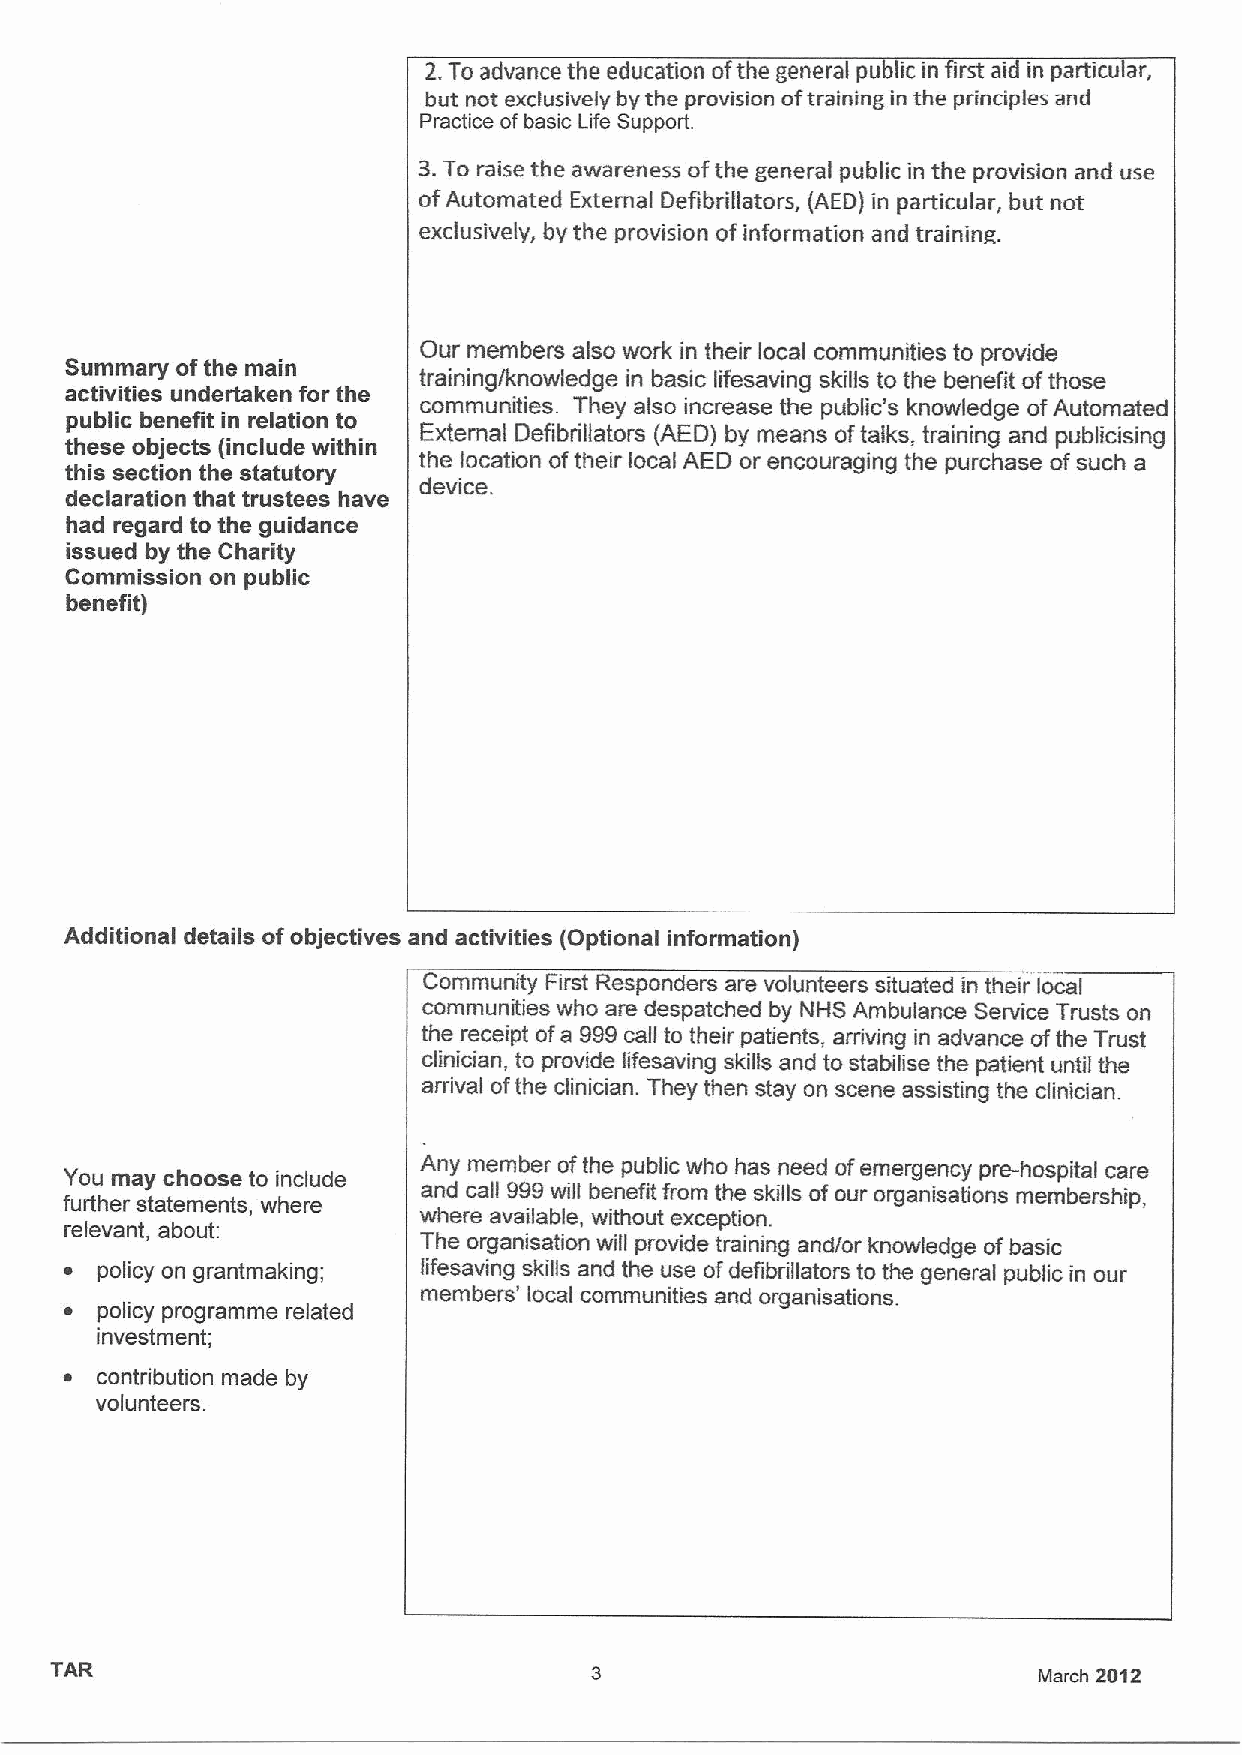
2.To advance the education ofthe general public in first aid in particular,
 but not exclusively by the provision oftraining in the principles and
 Practice of basic Life Support.
 3.To raise the awareness ofthe general public in the provision and use
 ofAutomated External Defibrillators, {AED)in particular, but not
 exclusively, by the provision of information and training
 Our members also work in their local communities to provide
 Summary ofthe main
 training/knowledge in basic lifesaving skills to the benefit ofthose
 activities undertaken for the
 communities. They also increase the public's knowledge ofAutomated
 public benefit in relation to
 External Defibrillators (AED) by means oftalks, training and publicising
 these objects (include within
 the location oftheir local AED or encouraging the purchase ofsuch a
 this section the statutory
 clevlce.
 declaration that trustees have
 had regard to the guidance
 issued by the Charity
 Commission on public
 benefit)
 Additional details ofobjectives and activities (Optional information)
 Community First Responders are volunteers situated in their local
 communities who are despatched by NHS Ambulance Service Trusts on
 the receipt ofa 999call to their patients, arriving in advance ofthe Trust
 clinician, to provide lifesaving skilis and to stabilise the patient until the
 a~rival ofthe clinician. They then stay on scene assisting the clinician.
 You may choose to include Any member ofthe public who has need ofemergency pre-hospital care
 and call 999 will benefit from the skills ofour organisations membership,
 further statements, where
 where available, without exception.
 relevant, about:
 The organisation will provide training andior knowledge ofbasic
 ~ policy on grantmaking; lifesaving skills and the use ofdefibrillators to the general public in our
 members' local communities and organisations.
 ~ policy programme related
 investment;
 ~ contribution made by
 volunteers.
 TAR                                                               March 2012